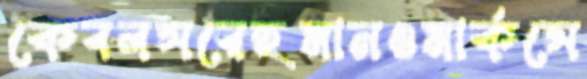
কেবলসরেহমানওমার্কসে